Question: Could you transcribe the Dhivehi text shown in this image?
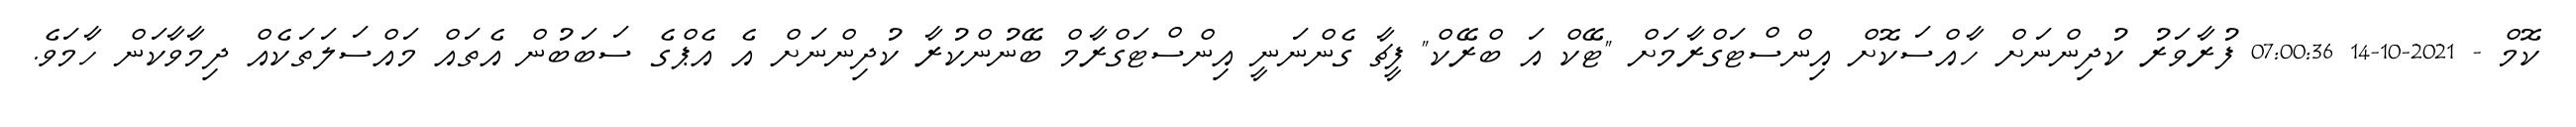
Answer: ކޮމް - 2021-10-14 07:00:36 ފުރާވަރު ކުދިންނަށް ހާއްސަކޮށް އިންސްޓަގްރާމަށް "ޓޭކް އަ ބްރޭކް" ފީޗާ ގެންނަނީ އިންސްޓަގްރާމް ބޭނުންކުރާ ކުދިންނަށް އެ އެޕްގެ ސަބަބުން އެތައް މައްސަލަތަކެއް ދިމާވާކަން ހާމަވެ.